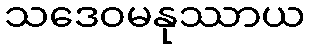
သဒေဝမနုဿာယ